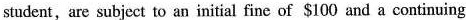
student, are subject to an initial fine of $100 and a continuing